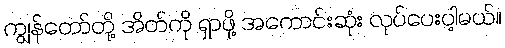
ကျွန်တော်တို့ အိတ်ကို ရှာဖို့ အကောင်းဆုံး လုပ်ပေးပါ့မယ်။